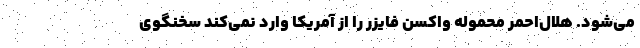
می‌شود. هلال‌احمر محموله واکسن فایزر را از آمریکا وارد نمی‌کند سخنگوی